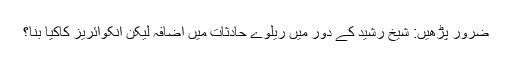
ضرور پڑھیں: شیخ رشید کے دور میں ریلوے حادثات میں اضافہ لیکن انکوائریز کاکیا بنا؟